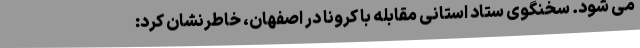
می شود. سخنگوی ستاد استانی مقابله با کرونا در اصفهان، خاطرنشان کرد: